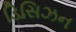
ડિસિઝન